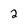
Character: 2